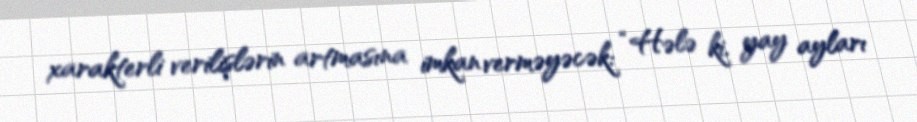
xarakterli verilişlərin artmasına imkan verməyəcək: “Hələ ki, yay ayları